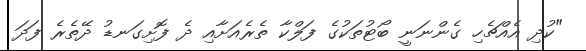
"ކުދި އެއްޗެހި ގެންނަނީ ބޯޓުތަކުގެ ފަލްކާ ތެރެއަށާއި ދެ ފޮށިގަނޑު ދޭތެރެ ފަދަ